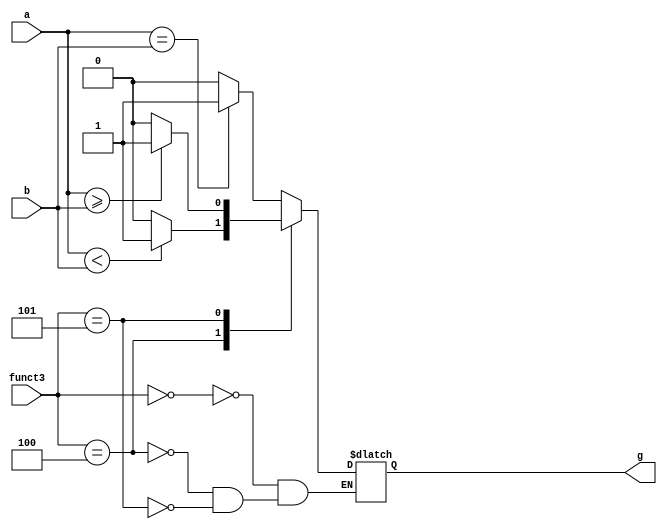
module bgt(
	input [63:0] a, b,
	input [2:0] funct3,
	output reg g
);

always @ (*)
begin 
	case (funct3)
	3'b000:	//beq
	begin
		if (a == b)
			g = 1'b1;
		else 
			g = 1'b0;
	end
	3'b100: //blt
	begin
		if (a < b)
			g = 1'b1;
		else 
			g = 1'b0;
	end
	3'b101:	//bge
	begin
		if (a >= b)
			g = 1'b1;
		else 
			g = 1'b0;
	end
	endcase
end

endmodule